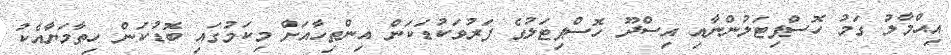
އިޙްމާލު ގަމު ހޮސްޕިޓަލުންނާއި އިސްދޫ ހޮސްޕިޓަލުގެ ފަރުވަކުޑަކަން އިންތިހާއަށް މިކަމުގައި ބޮޑުކަން ހިތާމަޔާއެކު